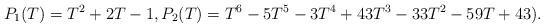
LaTeX: \begin{align*}P_1(T) = T^2 + 2T - 1, P_2(T) = T^6 - 5T^5 - 3T^4 + 43T^3 - 33T^2 - 59T + 43).\end{align*}